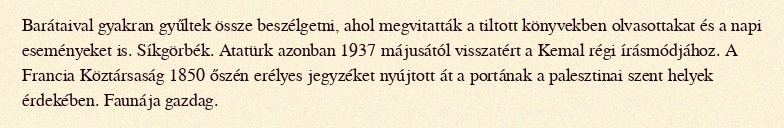
Barátaival gyakran gyűltek össze beszélgetni, ahol megvitatták a tiltott könyvekben olvasottakat és a napi eseményeket is. Síkgörbék. Atatürk azonban 1937 májusától visszatért a Kemal régi írásmódjához. A Francia Köztársaság 1850 őszén erélyes jegyzéket nyújtott át a portának a palesztinai szent helyek érdekében. Faunája gazdag.